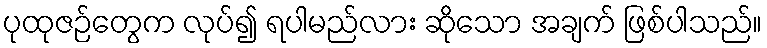
ပုထုဇဉ်တွေက လုပ်၍ ရပါမည်လား ဆိုသော အချက် ဖြစ်ပါသည်။